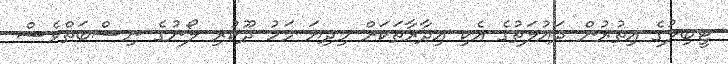
ޓީބިލުގެ އިތުރުން ދައުލަތުގެ އެކި އިދާރާތަކަށް މިދިޔަ މަހު ދޫކުރި ލޯނުގެ ނިސްބަތްވެސް